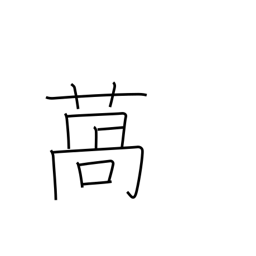
Meaning: lettuce